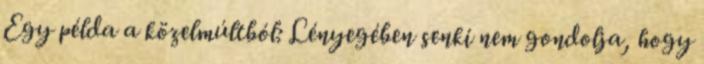
Egy példa a közelmúltból: Lényegében senki nem gondolja, hogy